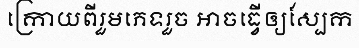
ក្រោយពីរួមភេទរួច អាចធ្វើឲ្យស្បែក